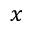
x